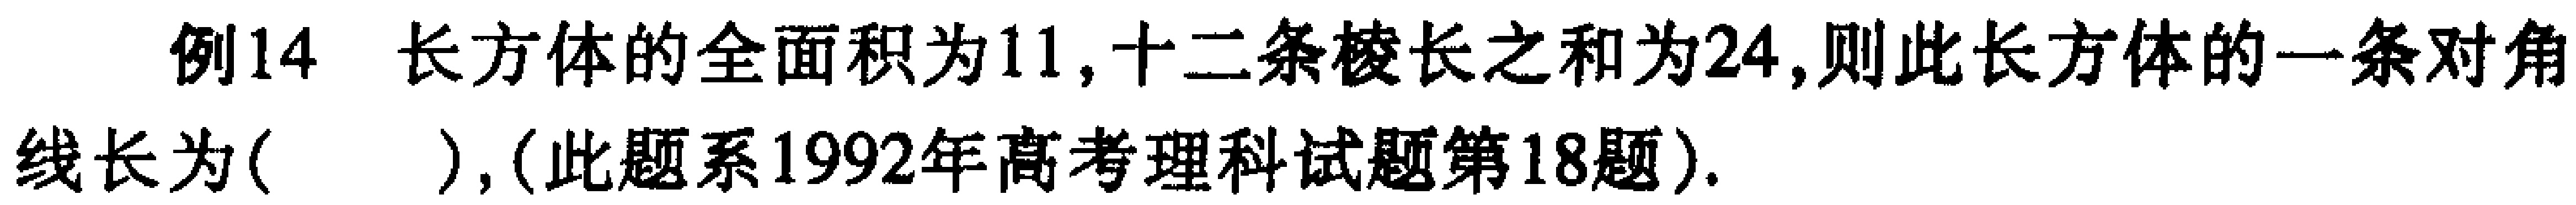
例14 长方体的全面积为11,十二条棱长之和为24,则此长方体的一条对角线长为( ),(此题系1992年高考理科试题第18题).